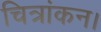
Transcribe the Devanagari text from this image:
चित्रांकन।